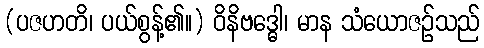
(ပဇဟတိ၊ ပယ်စွန့်၏။) ဝိနိဗဒ္ဓေါ၊ မာန သံယောဇဉ်သည်